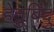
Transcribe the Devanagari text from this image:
हेतुबिंदु